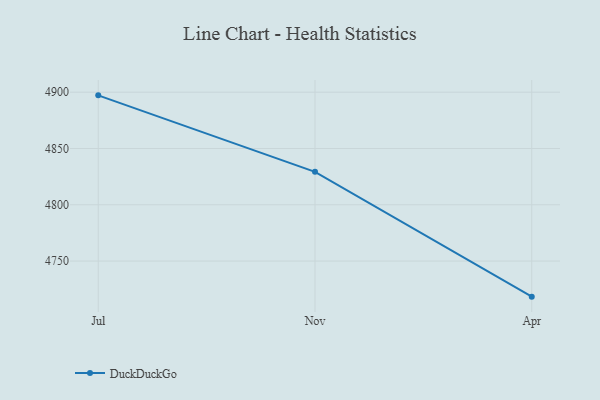
{"axis": {"x": "Month", "y": "Production Output"}, "legend": ["DuckDuckGo"], "data": [{"x": "Jul", "y": 4897.2, "type": "DuckDuckGo"}, {"x": "Nov", "y": 4829.3, "type": "DuckDuckGo"}, {"x": "Apr", "y": 4718.4, "type": "DuckDuckGo"}]}